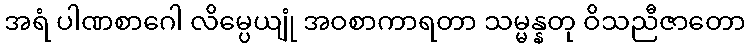
အရံ ပါဏစာဂေါ လိမ္ပေယျုံ အဝစာကာရတာ သမ္မန္နတု ဝိသညီဇာတော